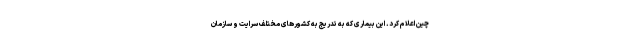
چین اعلام کرد. این بیماری که به تدریج به کشورهای مختلف سرایت و سازمان